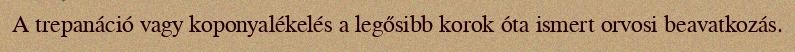
A trepanáció vagy koponyalékelés a legősibb korok óta ismert orvosi beavatkozás.